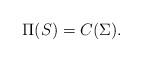
LaTeX: \begin{align*}\Pi(S) = C(\Sigma).\end{align*}